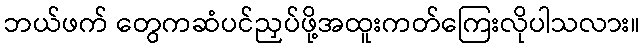
ဘယ်ဖက် တွေကဆံပင်ညှပ်ဖို့အထူးကတ်ကြေးလိုပါသလား။